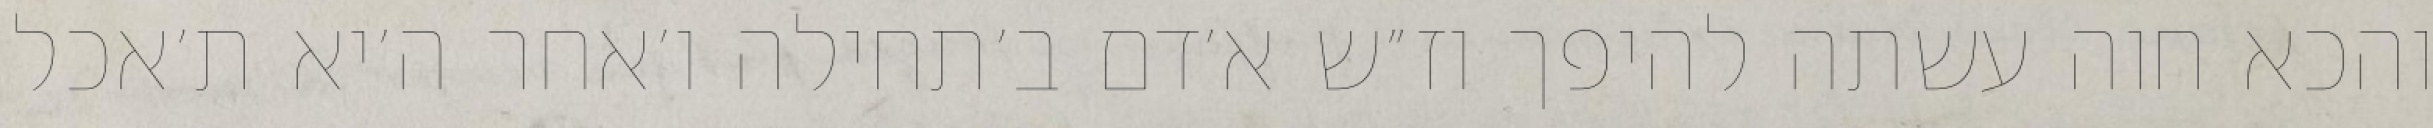
והכא חוה עשתה להיפך וז״ש א׳דם ב׳תחילה ו׳אחר ה׳יא ת׳אכל